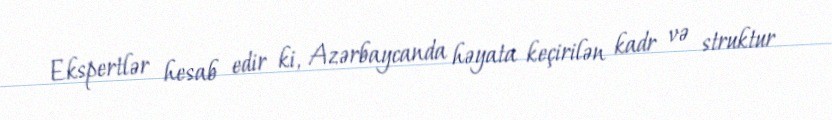
Ekspertlər hesab edir ki, Azərbaycanda həyata keçirilən kadr və struktur